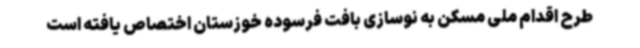
طرح اقدام ملی مسکن به نوسازی بافت فرسوده خوزستان اختصاص یافته است